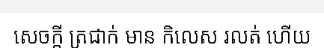
សេចក្តី ត្រជាក់ មាន កិលេស រលត់ ហើយ